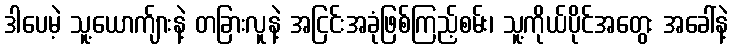
ဒါပေမဲ့ သူ့ယောက်ျားနဲ့ တခြားလူနဲ့ အငြင်းအခုံဖြစ်ကြည့်စမ်း၊ သူ့ကိုယ်ပိုင်အတွေး အခေါ်နဲ့